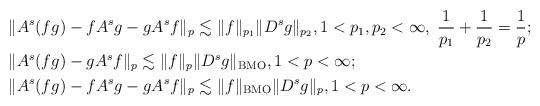
LaTeX: \begin{align*}&\| A^s (fg) - f A^s g - g A^s f \|_p \lesssim \| f \|_{p_1} \| D^s g \|_{p_2}, 1<p_1,p_2<\infty,\; \frac 1 {p_1}+\frac 1{p_2}=\frac 1p;\\&\| A^s (fg) - g A^s f \|_p \lesssim \| f \|_p \| D^s g \|_{\operatorname{BMO}}, 1<p<\infty;\\&\| A^s (fg) - fA^s g - g A^s f \|_p \lesssim \| f \|_{\operatorname{BMO}} \| D^s g \|_p, 1<p<\infty.\end{align*}